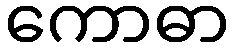
ကောဓာ